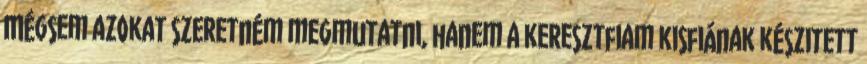
Mégsem azokat szeretném megmutatni, hanem a keresztfiam kisfiának készitett